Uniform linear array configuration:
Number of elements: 16
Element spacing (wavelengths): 0.25
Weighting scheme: hann
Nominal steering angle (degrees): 60
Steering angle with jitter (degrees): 59.584
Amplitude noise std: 0.05
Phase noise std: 0.05

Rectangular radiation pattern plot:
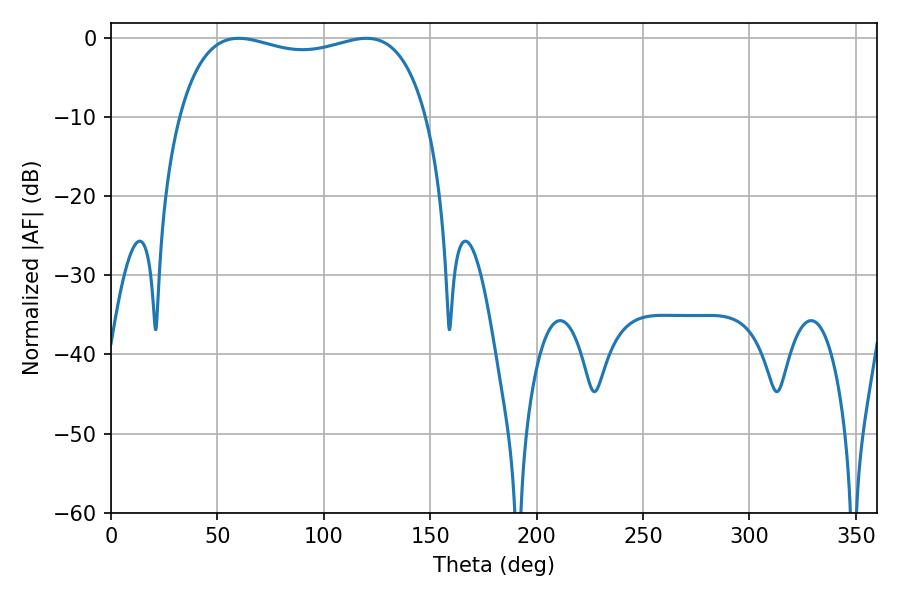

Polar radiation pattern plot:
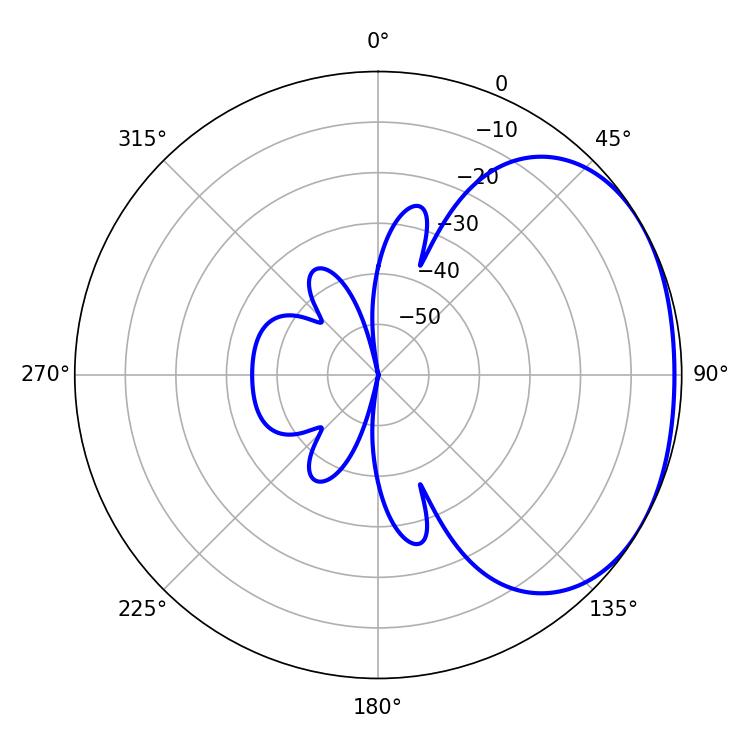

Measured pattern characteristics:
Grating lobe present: FALSE
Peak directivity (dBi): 1.844
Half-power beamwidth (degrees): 95.04
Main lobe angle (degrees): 59.94